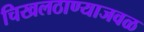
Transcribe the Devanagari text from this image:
चिखलठाण्याजवळ